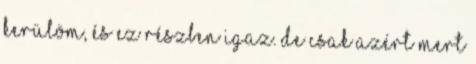
kerülöm, és ez részben igaz. De csak azért mert